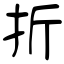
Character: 折